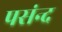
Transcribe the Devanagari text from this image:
पसंन्द